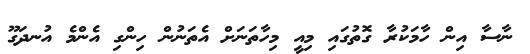
ނާސާ އިން ހާމަކުރާ ގޮތުގައި މިއީ މިހާތަނަށް އެތަނުން ހިންގި އެންމެ އުނދަގޫ